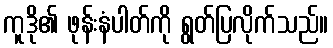
ကူဒို၏ ဖုန်းနံပါတ်ကို ရွတ်ပြလိုက်သည်။